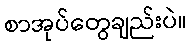
စာအုပ်တွေချည်းပဲ။